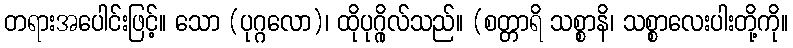
တရားအပေါင်းဖြင့်။ သော (ပုဂ္ဂလော)၊ ထိုပုဂ္ဂိုလ်သည်။ (စတ္တာရိ သစ္စာနိ၊ သစ္စာလေးပါးတို့ကို။